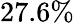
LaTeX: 27.6\%